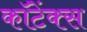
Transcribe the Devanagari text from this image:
कॉटेंक्स